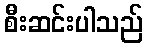
စီးဆင်းပါသည်